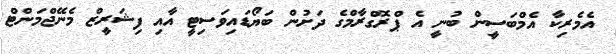
އެމެރިކާ އެމްބަސީން ބުނީ އެ ޕްރޮގްރާމްގެ ދަށުން ބަޔޯޑައިވަސިޓީ އާއި ފިޝަރީޒް މެނޭޖްމަންޓް